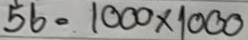
56 = 1000 x 1000